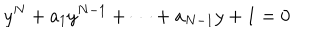
y ^ { N } + a _ { 1 } y ^ { N - 1 } + \cdots + a _ { N - 1 } y + 1 = 0